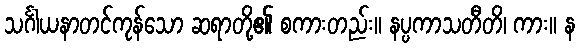
သင်္ဂါယနာတင်ကုန်သော ဆရာတို့၏ စကားတည်း။ နပ္ပကာသတီတိ၊ ကား။ န